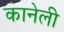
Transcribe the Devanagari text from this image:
कानेली